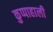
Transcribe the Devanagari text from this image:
कुप्पाहाली